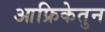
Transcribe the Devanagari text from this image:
आफ्रिकेतुन